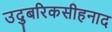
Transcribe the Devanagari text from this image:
उदुबरिकसीहनाद